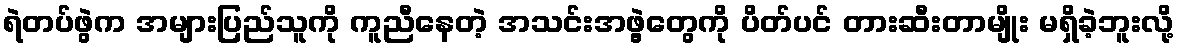
ရဲတပ်ဖွဲက အများပြည်သူကို ကူညီနေတဲ့ အသင်းအဖွဲ့တွေကို ပိတ်ပင် တားဆီးတာမျိုး မရှိခဲ့ဘူးလို့